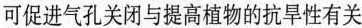
可促进气孔关闭与提高植物的抗旱性有关